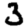
Digit: 3